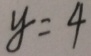
y = 4